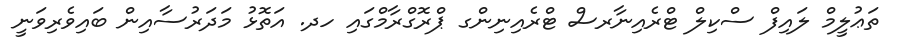
ތަޢުލީމް ލައިފް ސްކިލް ޓްރެއިނާރސް ޓްރެއިނިންގ ޕްރޮގްރާމްގައި ހދ. އަތޮޅު މަދަރުސާއިން ބައިވެރިވަނީ